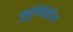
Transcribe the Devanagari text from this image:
कुर्डुपेठेतील